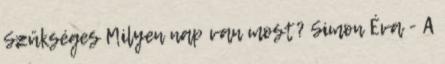
Szükséges Milyen nap van most? Simon Éva - A